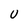
Character: U